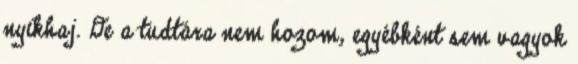
nyikhaj. De a tudtára nem hozom, egyébként sem vagyok